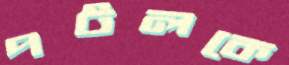
পটলকে